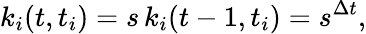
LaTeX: k_{i}(t,t_{i})=s\, k_{i}(t-1,t_{i})=s^{\Delta t},